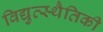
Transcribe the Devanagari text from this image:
विद्युत्स्थैतिकी